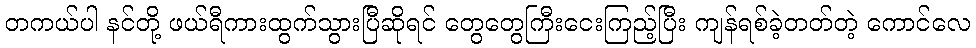
တကယ်ပါ နင်တို့ ဖယ်ရီကားထွက်သွားပြီဆိုရင် တွေတွေကြီးငေးကြည့်ပြီး ကျန်ရစ်ခဲ့တတ်တဲ့ ကောင်လေ